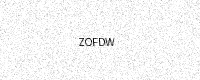
Text: ZOFDW